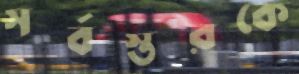
সর্বস্তরকে